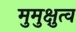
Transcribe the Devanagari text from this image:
मुमुक्षुत्व